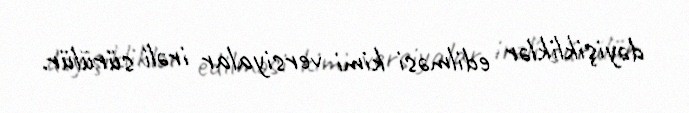
dəyişikliklər edilməsi kimi versiyalar irəli sürülür.